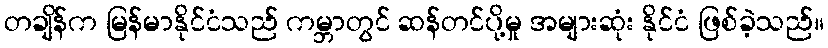
တချိန်က မြန်မာနိုင်ငံသည် ကမ္ဘာတွင် ဆန်တင်ပို့မှု အများဆုံး နိုင်ငံ ဖြစ်ခဲ့သည်။